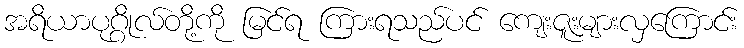
အရိယာပုဂ္ဂိုလ်တို့ကို မြင်ရ ကြားရသည်ပင် ကျေးဇူးများလှကြောင်း